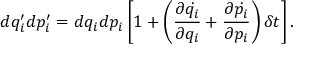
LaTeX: d q _ { i } ^ { \prime } d p _ { i } ^ { \prime } = d q _ { i } d p _ { i } \left[ 1 + \left( { \frac { \partial { \dot { q _ { i } } } } { \partial q _ { i } } } + { \frac { \partial { \dot { p _ { i } } } } { \partial p _ { i } } } \right) \delta t \right] .